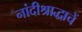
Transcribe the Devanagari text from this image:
नांदीश्राद्धाचें